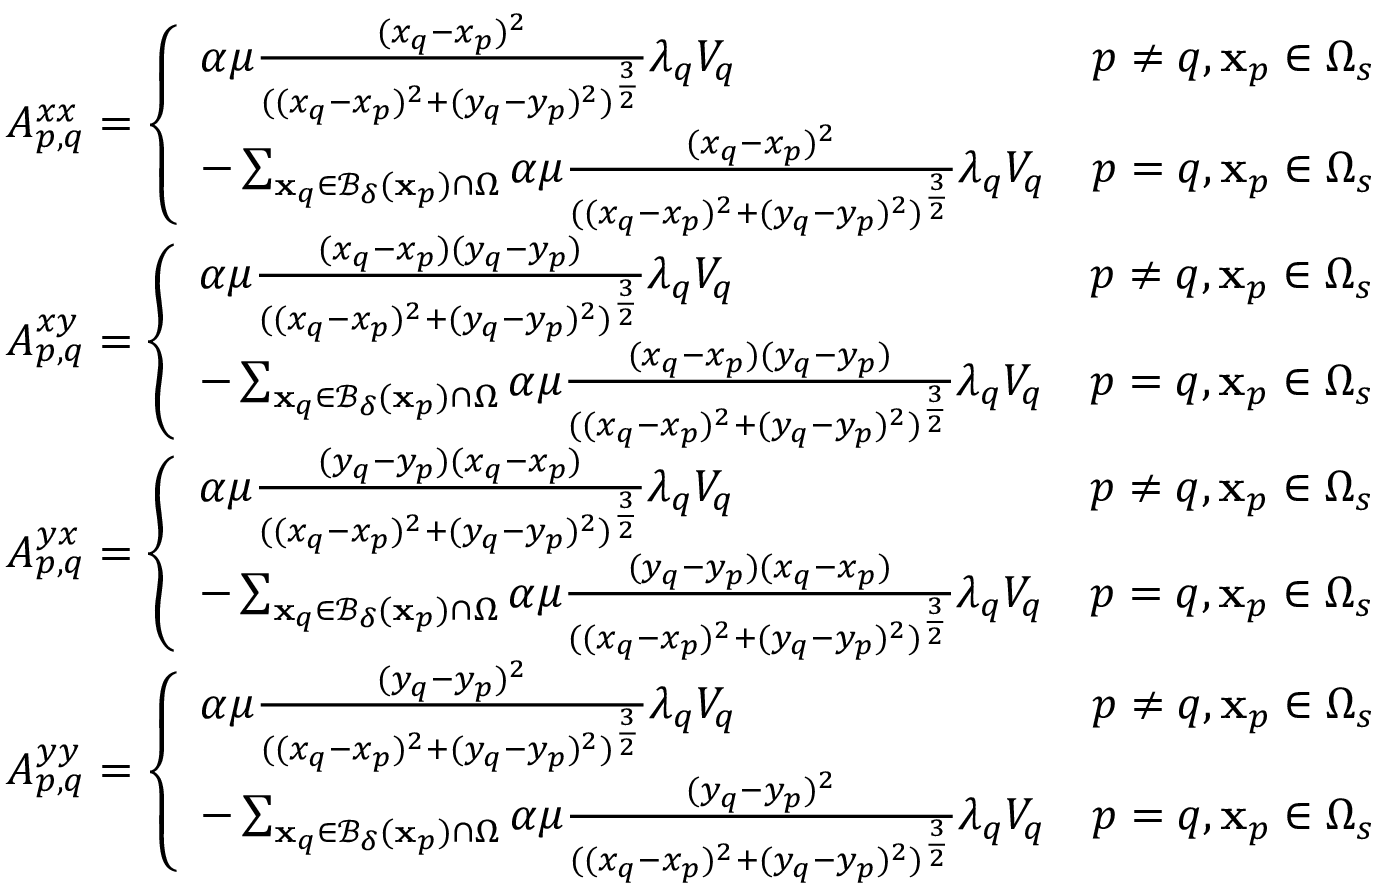
\begin{array} { r l } & { A _ { p , q } ^ { x x } = \left\{ \begin{array} { l l } { \alpha \mu \frac { ( x _ { q } - x _ { p } ) ^ { 2 } } { ( ( x _ { q } - x _ { p } ) ^ { 2 } + ( y _ { q } - y _ { p } ) ^ { 2 } ) ^ { \frac { 3 } { 2 } } } \lambda _ { q } V _ { q } } & { p \neq q , \mathbf { x } _ { p } \in \Omega _ { s } } \\ { - \sum _ { \mathbf { x } _ { q } \in \mathcal { B _ { \delta } } ( \mathbf { x } _ { p } ) \cap \Omega } \alpha \mu \frac { ( x _ { q } - x _ { p } ) ^ { 2 } } { ( ( x _ { q } - x _ { p } ) ^ { 2 } + ( y _ { q } - y _ { p } ) ^ { 2 } ) ^ { \frac { 3 } { 2 } } } \lambda _ { q } V _ { q } } & { p = q , \mathbf { x } _ { p } \in \Omega _ { s } } \end{array} \right. } \\ & { A _ { p , q } ^ { x y } = \left\{ \begin{array} { l l } { \alpha \mu \frac { ( x _ { q } - x _ { p } ) ( y _ { q } - y _ { p } ) } { ( ( x _ { q } - x _ { p } ) ^ { 2 } + ( y _ { q } - y _ { p } ) ^ { 2 } ) ^ { \frac { 3 } { 2 } } } \lambda _ { q } V _ { q } } & { p \neq q , \mathbf { x } _ { p } \in \Omega _ { s } } \\ { - \sum _ { \mathbf { x } _ { q } \in \mathcal { B _ { \delta } } ( \mathbf { x } _ { p } ) \cap \Omega } \alpha \mu \frac { ( x _ { q } - x _ { p } ) ( y _ { q } - y _ { p } ) } { ( ( x _ { q } - x _ { p } ) ^ { 2 } + ( y _ { q } - y _ { p } ) ^ { 2 } ) ^ { \frac { 3 } { 2 } } } \lambda _ { q } V _ { q } } & { p = q , \mathbf { x } _ { p } \in \Omega _ { s } } \end{array} \right. } \\ & { A _ { p , q } ^ { y x } = \left\{ \begin{array} { l l } { \alpha \mu \frac { ( y _ { q } - y _ { p } ) ( x _ { q } - x _ { p } ) } { ( ( x _ { q } - x _ { p } ) ^ { 2 } + ( y _ { q } - y _ { p } ) ^ { 2 } ) ^ { \frac { 3 } { 2 } } } \lambda _ { q } V _ { q } } & { p \neq q , \mathbf { x } _ { p } \in \Omega _ { s } } \\ { - \sum _ { \mathbf { x } _ { q } \in \mathcal { B _ { \delta } } ( \mathbf { x } _ { p } ) \cap \Omega } \alpha \mu \frac { ( y _ { q } - y _ { p } ) ( x _ { q } - x _ { p } ) } { ( ( x _ { q } - x _ { p } ) ^ { 2 } + ( y _ { q } - y _ { p } ) ^ { 2 } ) ^ { \frac { 3 } { 2 } } } \lambda _ { q } V _ { q } } & { p = q , \mathbf { x } _ { p } \in \Omega _ { s } } \end{array} \right. } \\ & { A _ { p , q } ^ { y y } = \left\{ \begin{array} { l l } { \alpha \mu \frac { ( y _ { q } - y _ { p } ) ^ { 2 } } { ( ( x _ { q } - x _ { p } ) ^ { 2 } + ( y _ { q } - y _ { p } ) ^ { 2 } ) ^ { \frac { 3 } { 2 } } } \lambda _ { q } V _ { q } } & { p \neq q , \mathbf { x } _ { p } \in \Omega _ { s } } \\ { - \sum _ { \mathbf { x } _ { q } \in \mathcal { B _ { \delta } } ( \mathbf { x } _ { p } ) \cap \Omega } \alpha \mu \frac { ( y _ { q } - y _ { p } ) ^ { 2 } } { ( ( x _ { q } - x _ { p } ) ^ { 2 } + ( y _ { q } - y _ { p } ) ^ { 2 } ) ^ { \frac { 3 } { 2 } } } \lambda _ { q } V _ { q } } & { p = q , \mathbf { x } _ { p } \in \Omega _ { s } } \end{array} \right. } \end{array}